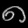
Digit: ၈